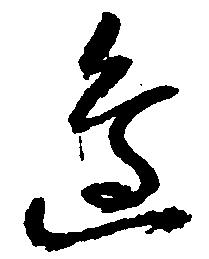
辺